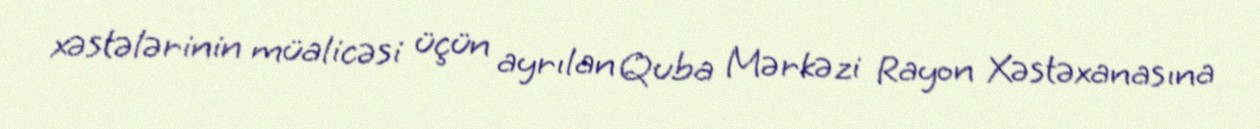
xəstələrinin müalicəsi üçün ayrılan Quba Mərkəzi Rayon Xəstəxanasına